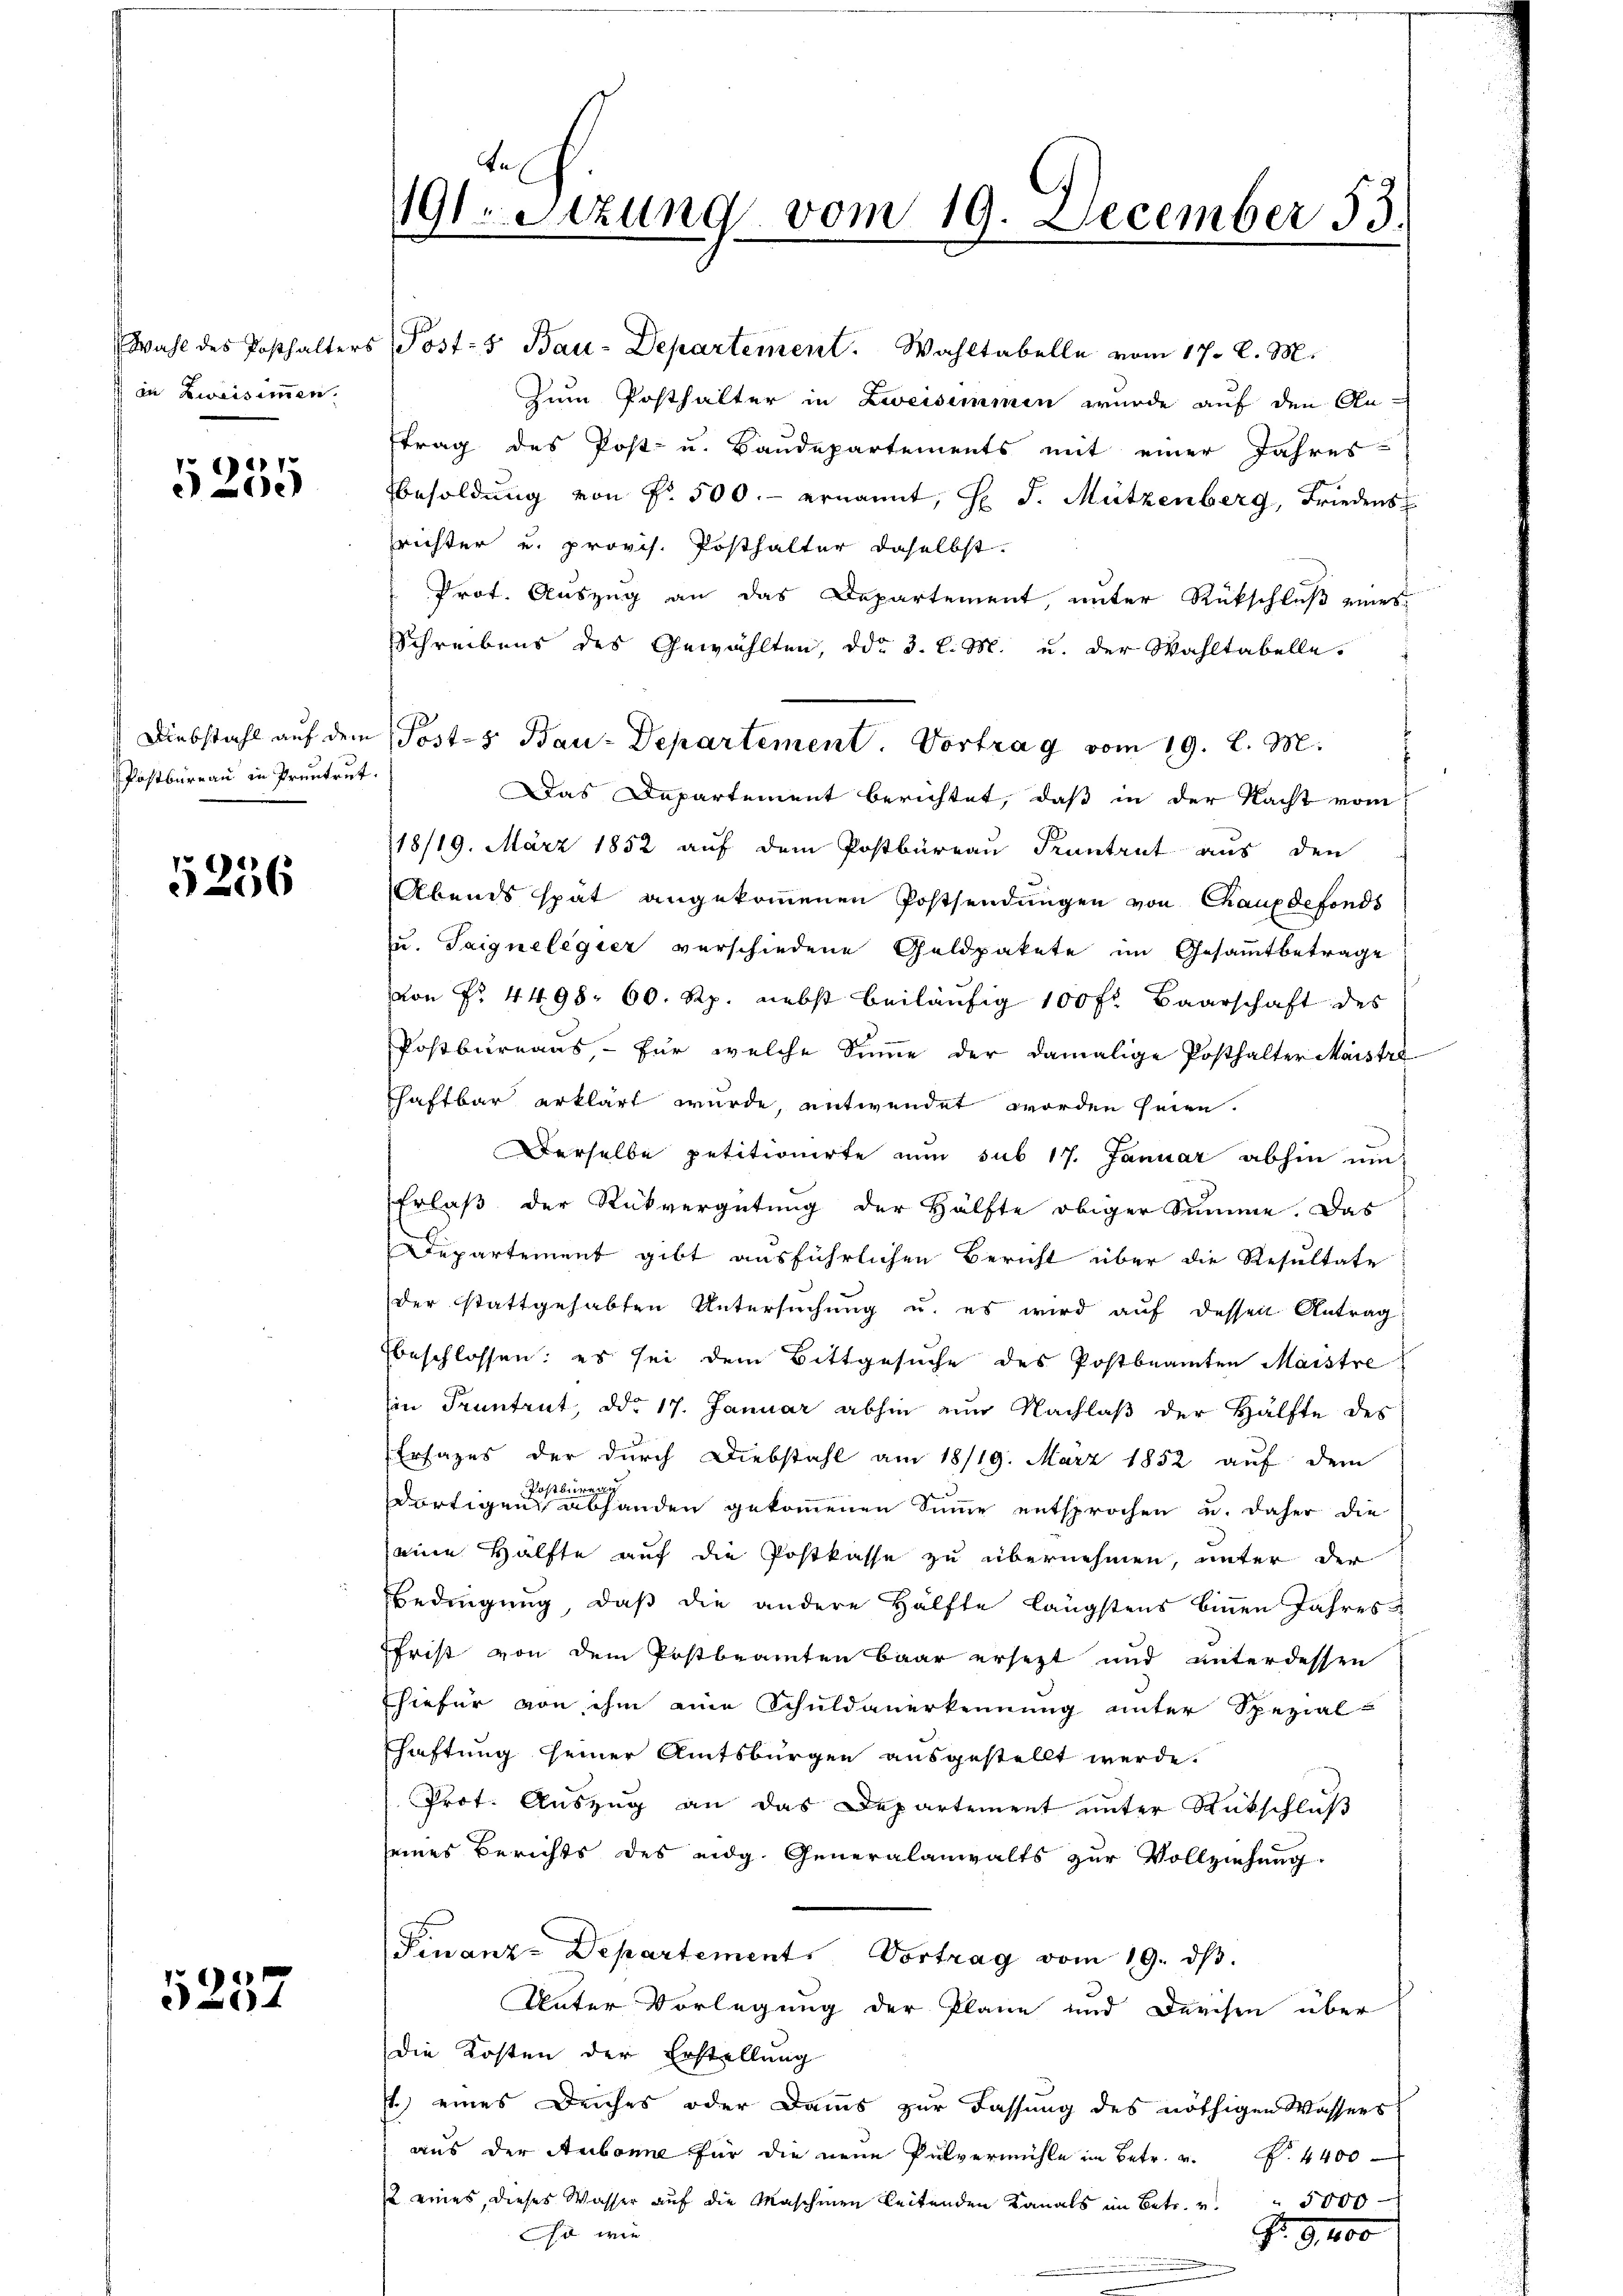
in Zweisimmen.

5235

Postbureau in Prentrut.

5256

5257

191. Sitzung vom 19. December 53.

Wahl des Posthalters Posts Bau-Departement. Wahltabelle vom 17. d. M.
Zum Posthalter in Zweisimmen wurde auf den An-
ftrag des Post- u. Baudepartements mit einer Jahres-
Besoldŭng von Fr. 500.- ernannt, l. J. Mützenberg, Friedens
srichter u. provis. Posthalter daselbst.
Prot. Auszug an das Departement, unter Rückschluß eines
Schreibens des Gewählten, ddo 3. l. M. u. der Wahltabelle.
Das Departement berichtet, daß in der Nacht vom
118/19. März 1852 auf dem Postbüreau Krantrut aus den
Abends spät angekommenen Postsendungen von Chauxdefonds
u. Taignelegier verschiedene Geldpakete im Gesammtbetrage
von Fr. 4498. 60. Rp. nebst beiläufig 100 fl. Baarschaft des
Postbureaus, – für welche Summe der damalige Posthalter Maistrashaftbar erklärt wurde, entwendet worden seien.
Derselbe petitionirte nun sub 17. Januar abhin um
Erlaß der Rückvergütung der Hälfte obiger Summe. Das
Departement gibt ausführlichen Bericht über die Resultate
der stattgehabten Untersuchung u. es wird auf dessen Antrag
Ebeschlossen: es sei dem Bittgesuche des Postbeamten Maistre
in Pruntrut, ddo 17. Januar abhin ein Nachlaß der Hälfte des
Erfages der durch Diebstahl am 18/19. März 1852 auf dem
Postbüren
dortigen abhanden gekommenen Summe entsprochen u. daher die
seine Hälfte auf die Postkasse zu übernehmen, unter der
Bedingung, daß die andere Hälfte längstens binnen Jahresffrist von dem Postbeamten Baar ersetzt und unterdessen
hiefür von ihm eine Schuldanerkennung unter Spezial-
shaftung seiner Amtsbürgen ausgestellt werde.
Prof. Auszug an das Departement unter Rütschluß
seines Berichts des eidg. Generalanwalts zur Vollziehung.
Finanz-Departement. Vortrag vom 19. dβ.
Unter Vorlegung der Pläne und Durchen über
die Kosten der Erstellung
s.) eines Deiches oder Dams zur Fassung des nöthigen Wassers
aus der Aubonne für die neue Pulvermühle im Betr. v.
No. 4400
12 eines, dieses Wasser aŭf die Maschinen leitenden Kanals im Betr. v. " 5000
O wie
Fr. 9. 400

Diebstahl auf dem Posts Bau-Departement. Vortrag vom 19. l. M.